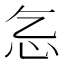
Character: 𢖴